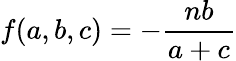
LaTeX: f(a,b,c)=-\frac{nb}{a+c}